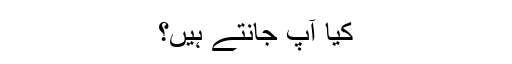
کیا آپ جانتے ہیں؟